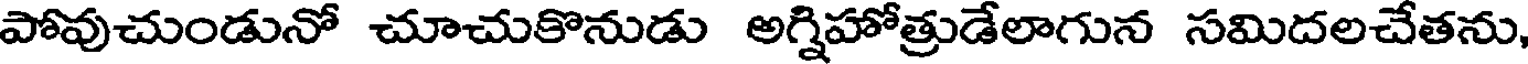
పోవుచుండునో చూచుకొనుడు అగ్నిహోత్రుడేలాగున సమిదలచేతను